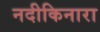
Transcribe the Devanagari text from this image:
नदीकिनारा